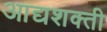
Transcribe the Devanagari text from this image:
आद्यशक्ती